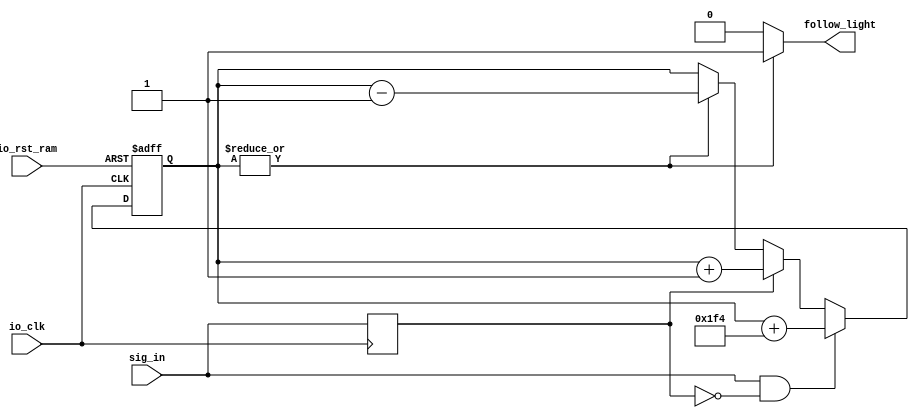
module follow_led #(
   parameter _FOLLOW_CONS = 'd500 ,
   parameter _TWINKLE_WIGHT = 24
) (
    input io_clk ,
    input io_rst_ram ,
    input sig_in ,
    output follow_light
);
    reg [_TWINKLE_WIGHT - 1 : 0] twinkle_cnt ;
    reg sig_in_d1;
    always @ (posedge io_clk) sig_in_d1 <= sig_in ;
    always @ (posedge io_clk or posedge io_rst_ram) begin
        if (io_rst_ram) begin
            twinkle_cnt <= 0;
        end 
        else begin
            twinkle_cnt <=  (sig_in & !sig_in_d1)?  twinkle_cnt + _FOLLOW_CONS :
                            sig_in_d1 ? (twinkle_cnt + 1'b1) :
                            (~|twinkle_cnt)? twinkle_cnt :
                            twinkle_cnt - 1'b1;
        end
 
    end

    assign follow_light = (~|twinkle_cnt) ? 1'b0 : 1'b1 ;
endmodule